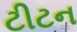
ટીટન